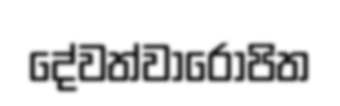
දේවත්වාරෝපිත